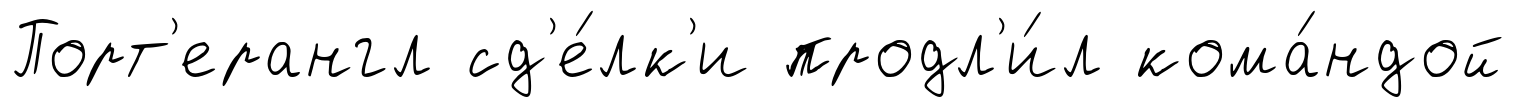
Порт'ерангл сд'е́лк'и продл'и́л кома́ндой